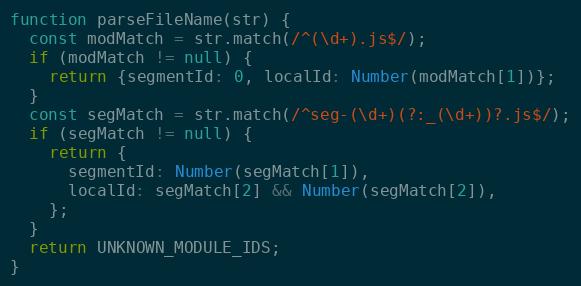
Language: JavaScript
function parseFileName(str) {
  const modMatch = str.match(/^(\d+).js$/);
  if (modMatch != null) {
    return {segmentId: 0, localId: Number(modMatch[1])};
  }
  const segMatch = str.match(/^seg-(\d+)(?:_(\d+))?.js$/);
  if (segMatch != null) {
    return {
      segmentId: Number(segMatch[1]),
      localId: segMatch[2] && Number(segMatch[2]),
    };
  }
  return UNKNOWN_MODULE_IDS;
}